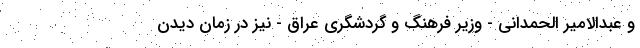
و عبدالامیر الحمدانی - وزیر فرهنگ و گردشگری عراق - نیز در زمان دیدنِ